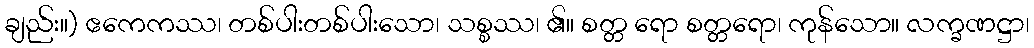
ချည်း။) ဧကေကဿ၊ တစ်ပါးတစ်ပါးသော၊ သစ္စဿ၊ ၏။ စတ္တ ရော စတ္တရော၊ ကုန်သော။ လက္ခဏဋ္ဌာ၊